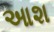
આશ